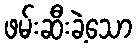
ဖမ်းဆီးခဲ့သော